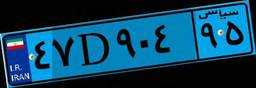
۱۵D۷۸۲۴۸